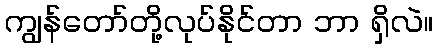
ကျွန်တော်တို့လုပ်နိုင်တာ ဘာ ရှိလဲ။